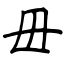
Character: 毌